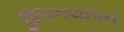
જીવનયાપન